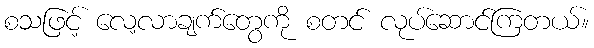
စသဖြင့် လေ့လာချက်တွေကို စတင် လုပ်ဆောင်ကြတယ်။